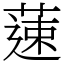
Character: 䔎